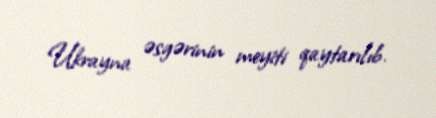
Ukrayna əsgərinin meyiti qaytarılıb.